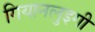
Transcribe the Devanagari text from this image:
गियानलुइगी